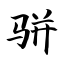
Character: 骈